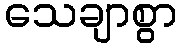
သေချာစွာ